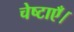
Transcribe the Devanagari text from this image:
चेष्टाएँ।